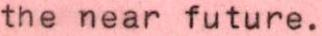
the near future.